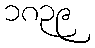
၁၈၃၉